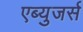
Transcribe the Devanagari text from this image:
एब्युजर्स